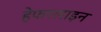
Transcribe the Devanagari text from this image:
हेफरलाइन